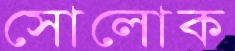
সোলোক